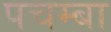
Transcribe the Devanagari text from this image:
पचम्बा